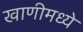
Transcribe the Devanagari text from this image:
खाणीमध्ये